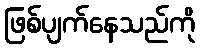
ဖြစ်ပျက်နေသည်ကို